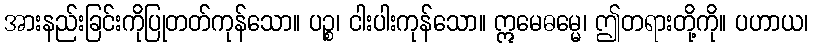
အားနည်းခြင်းကိုပြုတတ်ကုန်သော။ ပဉ္စ၊ ငါးပါးကုန်သော။ ဣမေဓမ္မေ၊ ဤတရားတို့ကို။ ပဟာယ၊